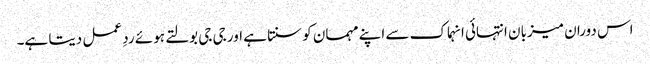
اس دوران میزبان انتہائی انہماک سے اپنے مہمان کو سنتا ہے اور جی جی بولتے ہوئے ردِ عمل دیتا ہے۔